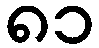
၈၁